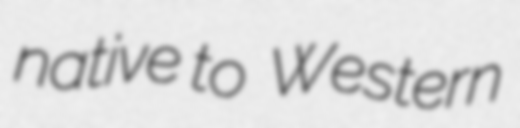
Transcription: native to  Western